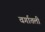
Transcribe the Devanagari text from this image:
वर्गातली